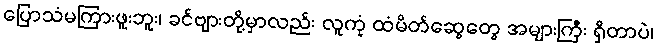
ပြောသံမကြားဖူးဘူး၊ ခင်ဗျားတို့မှာလည်း လူကုံ ထံမိတ်ဆွေတွေ အများကြီး ရှိတာပဲ၊